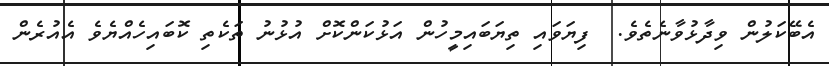
އެބޭކަލުން ވިދާޅުވާނެތެވެ.  ފިޔަވައި ތިޔަބައިމީހުން އަޅުކަންކޮށް އުޅުނު ތަކެތި ކޮބައިހެއްޔެވެ އެއުރެން